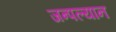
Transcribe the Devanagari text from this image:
जन्पल्यान